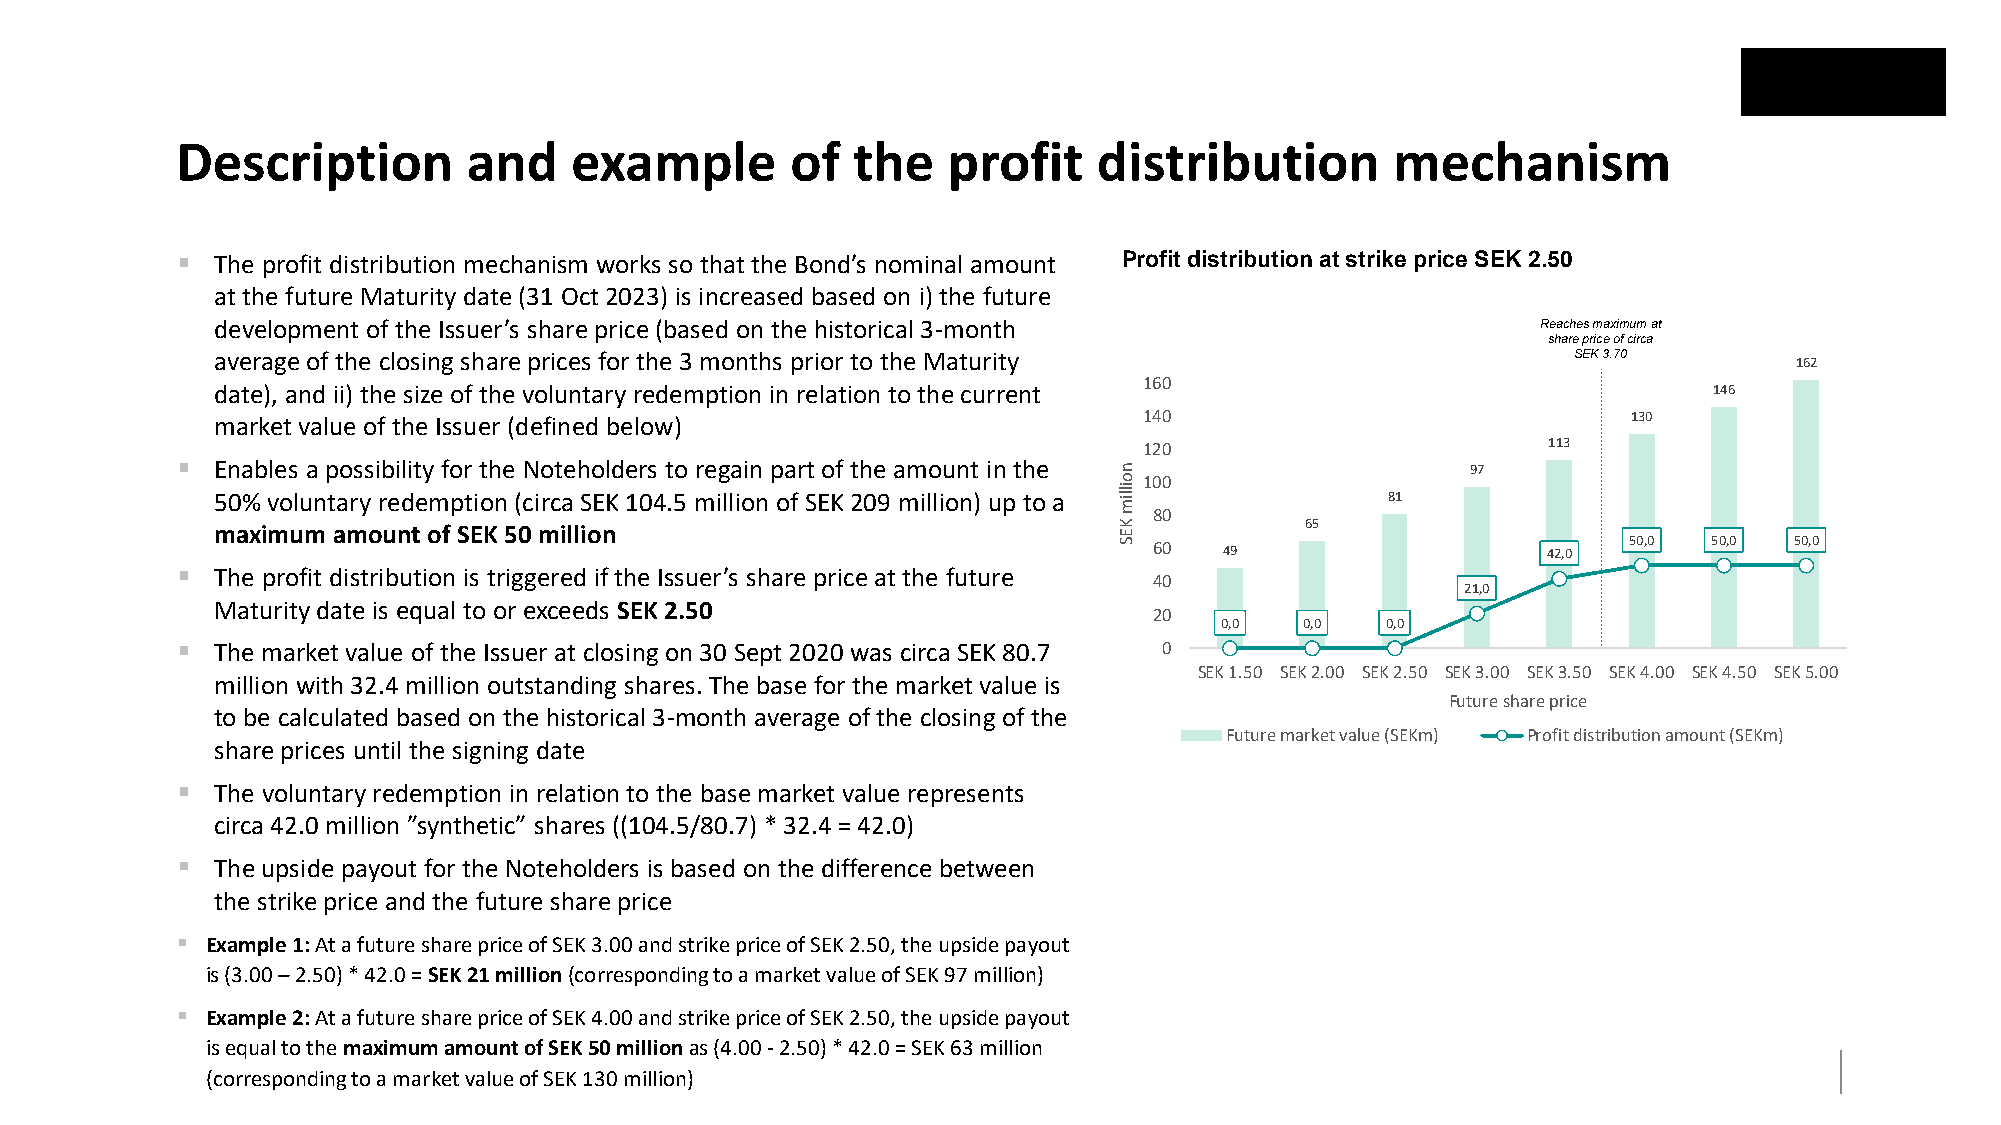
Description        and    example       of  the    profit    distribution       mechanism
 ▪ The profit distribution mechanism works so that the Bond’s nominal amount Profit distribution at strike price SEK 2.50
 at the future Maturity date (31 Oct 2023) is increased based on i) the future
 development of the Issuer’s share price (based on the historical 3-month                Reaches maximum at
 share price of circa
 average of the closing share prices for the 3 months prior to the Maturity                SEK 3.70
 162
 160
 date), and ii) the size of the voluntary redemption in relation to the current                     146
 market value of the Issuer (defined below)                    140                             130
 120                       113
 ▪ Enables a possibility for the Noteholders to regain part of the amount in the n    97
 o 100
 50% voluntary redemption (circa SEK 104.5 million of SEK 209 million) up to a
 illim
 81
 80
 maximum amount of SEK 50 million                            K E         65
 S 60   49                   42,0  50,0 50,0  50,0
 ▪ The profit distribution is triggered if the Issuer’s share price at the future
 40
 21,0
 Maturity date is equal to or exceeds SEK 2.50
 20
 0,0  0,0   0,0
 ▪ The market value of the Issuer at closing on 30 Sept 2020 was circa SEK 80.7 0
 SEK 1.50 SEK 2.00 SEK 2.50 SEK 3.00 SEK 3.50 SEK 4.00 SEK 4.50 SEK 5.00
 million with 32.4 million outstanding shares. The base for the market value is
 Future share price
 to be calculated based on the historical 3-month average of the closing of the
 Future market value (SEKm) Profit distribution amount (SEKm)
 share prices until the signing date
 ▪ The voluntary redemption in relation to the base market value represents
 circa 42.0 million ”synthetic” shares ((104.5/80.7) * 32.4 = 42.0)
 ▪ The upside payout for the Noteholders is based on the difference between
 the strike price and the future share price
 ▪ Example 1:At a future share price of SEK 3.00 and strike price of SEK 2.50, the upside payout
 is (3.00 –2.50) * 42.0 = SEK 21 million(corresponding to a market value of SEK 97 million)
 ▪ Example 2:At a future share price of SEK 4.00 and strike price of SEK 2.50, the upside payout
 is equal to the maximum amount of SEK 50 million as (4.00 -2.50) * 42.0 = SEK 63 million
 (corresponding to a market value of SEK 130 million)